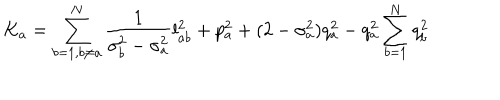
K _ { a } = \sum _ { b = 1 , b \neq a } ^ { N } \frac { 1 } { \sigma _ { b } ^ { 2 } - \sigma _ { a } ^ { 2 } } l _ { a b } ^ { 2 } + p _ { a } ^ { 2 } + ( 2 - \sigma _ { a } ^ { 2 } ) q _ { a } ^ { 2 } - q _ { a } ^ { 2 } \sum _ { b = 1 } ^ { N } q _ { b } ^ { 2 }